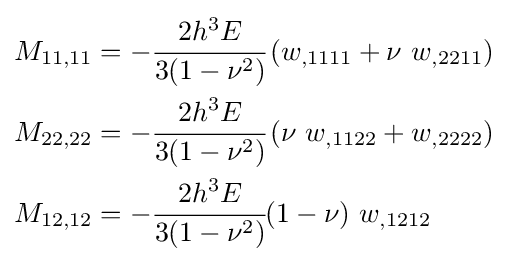
{\begin{aligned}M_{11,11}&=-{\cfrac {2h^{3}E}{3(1-\nu ^{2})}}\left(w_{,1111}+\nu ~w_{,2211}\right)\\M_{22,22}&=-{\cfrac {2h^{3}E}{3(1-\nu ^{2})}}\left(\nu ~w_{,1122}+w_{,2222}\right)\\M_{12,12}&=-{\cfrac {2h^{3}E}{3(1-\nu ^{2})}}(1-\nu )~w_{,1212}\end{aligned}}